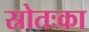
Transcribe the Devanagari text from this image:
स्रोतःका